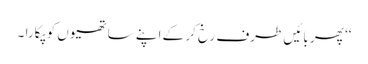
‘‘ پھر بائیں طرف رخ کر کے اپنے ساتھیوں کو پکارا ۔